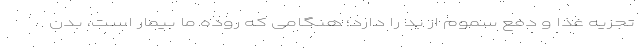
تجزیه غذا و دفع سموم از بد را دارد؛ هنگامی که روده ما بیمار است، بدن